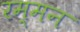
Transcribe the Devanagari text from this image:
रम्मन